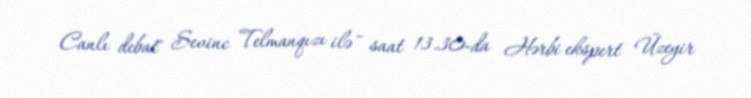
Canlı debat" Sevinc Telmanqızı ilə - saat 13.30-da Hərbi ekspert Üzeyir